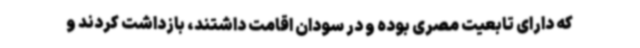
که دارای تابعیت مصری بوده و در سودان اقامت داشتند، بازداشت کردند و